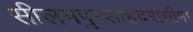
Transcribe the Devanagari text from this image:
सीलमपुरशाहदरासीमा